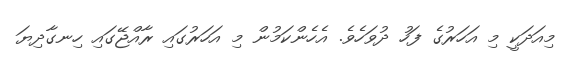
މިއަދަކީ މި އަހަރުގެ ފަހު ދުވަހެވެ. އެހެންކަމުން މި އަހަރުގައި ރާއްޖޭގައި ހިނގާދިޔަ